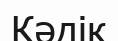
Кәдік